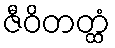
ဇီဝိတတ္ထံ